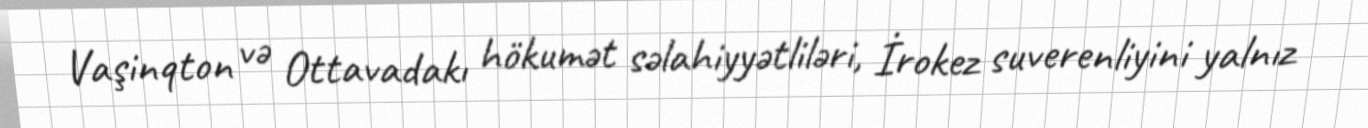
Vaşinqton və Ottavadakı hökumət səlahiyyətliləri, İrokez suverenliyini yalnız